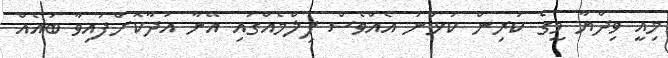
މިއީ ވިދްޔާ މީގެ ކުރިން ކުޅުނު އެއްވެސް ފިލްމެއްގައި އޭނާ އަދާކޮށްފައިވާ ބައެއް